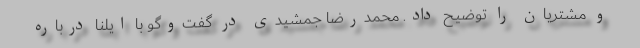
و مشتریان را توضیح داد. محمدرضا جمشیدی در گفت‌وگو با ایلنا درباره